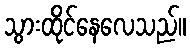
သွားထိုင်နေလေသည်။